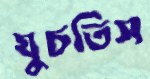
ঘুচতিস